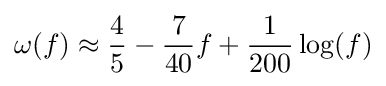
\omega (f)\approx {\frac {4}{5}}-{\frac {7}{40}}f+{\frac {1}{200}}\log(f)